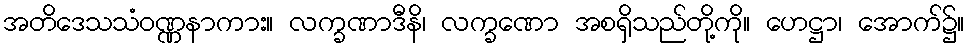
အတိဒေသသံဝဏ္ဏနာကား။ လက္ခဏာဒီနိ၊ လက္ခဏော အစရှိသည်တို့ကို။ ဟေဋ္ဌာ၊ အောက်၌။